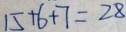
1 5 + 6 + 7 = 2 8